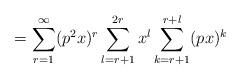
LaTeX: \begin{align*}= \sum_{r = 1}^{\infty} (p^2x)^r \sum_{l=r+1}^{2r} x^l \sum_{k=r+1}^{r+l}(px)^k\end{align*}